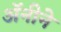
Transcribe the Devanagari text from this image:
अॅनीने